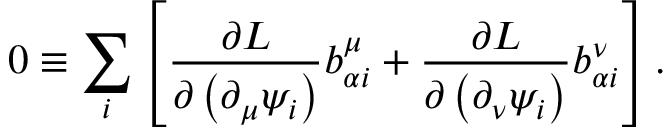
0 \equiv \sum _ { i } \left[ \frac { \partial L } { \partial \left( \partial _ { \mu } \psi _ { i } \right) } b _ { \alpha i } ^ { \mu } + \frac { \partial L } { \partial \left( \partial _ { \nu } \psi _ { i } \right) } b _ { \alpha i } ^ { \nu } \right] .